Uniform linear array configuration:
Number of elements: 48
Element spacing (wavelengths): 1
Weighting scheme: hann
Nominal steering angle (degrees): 45
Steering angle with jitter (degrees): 43.882
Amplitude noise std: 0.05
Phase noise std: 0.05

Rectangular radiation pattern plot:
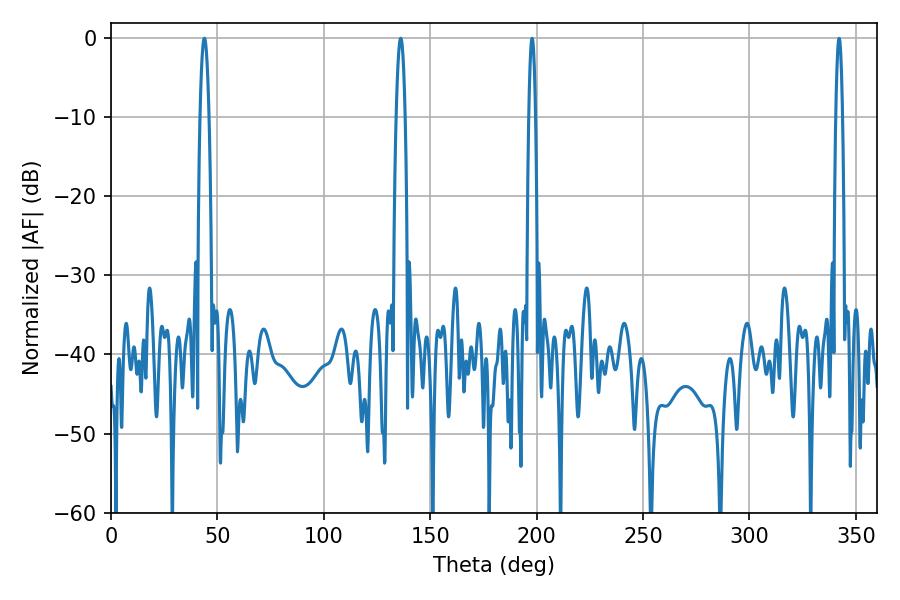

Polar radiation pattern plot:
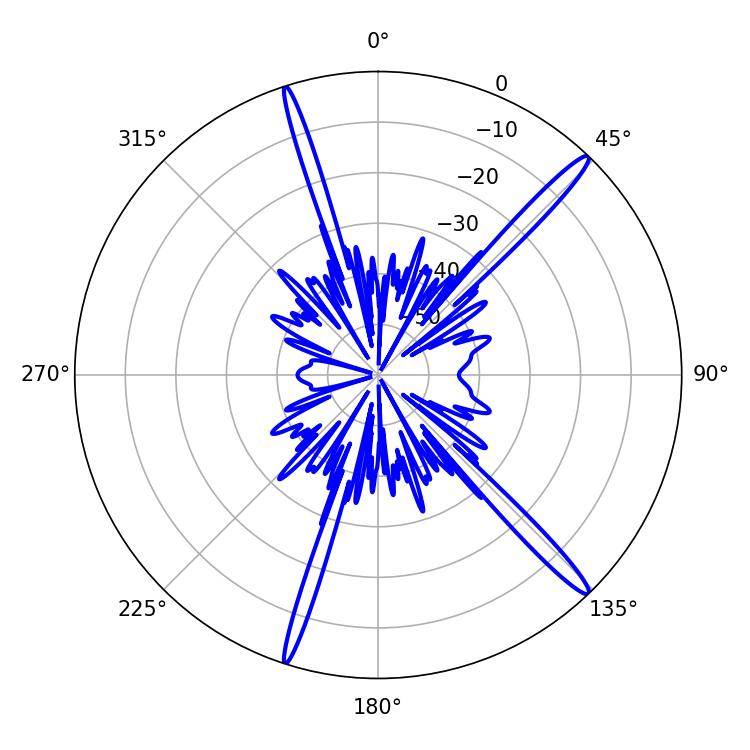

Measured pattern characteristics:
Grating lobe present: TRUE
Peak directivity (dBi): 16.878
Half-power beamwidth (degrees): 2.16
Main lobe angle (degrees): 136.08